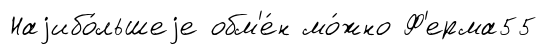
Наjибо́льшеjе обм'е́н мо́жно Ф'ерма55